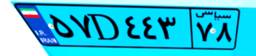
۷۲D۹۵۱۲۹